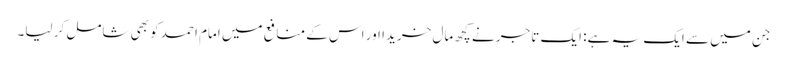
جن میں سے ایک یہ ہے: ایک تاجر نے کچھ مال خریدا اور اس کے منافع میں امام احمد کو بھی شامل کر لیا۔